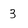
Character: 3